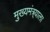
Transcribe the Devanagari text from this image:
मुख्यमंत्र्याला